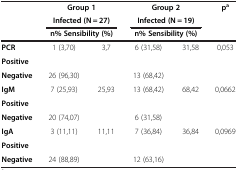
<table><thead><tr><td rowspan="2">[EMPTY_CELL]</td><td colspan="2"><b>Group 1</b></td><td colspan="2"><b>Group 2</b></td><td rowspan="2"><b>p<sup>a</sup></b></td></tr><tr><td colspan="2"><b>Infected (N = 27)</b></td><td colspan="2"><b>Infected (N = 19)</b></td></tr><tr><td>[EMPTY_CELL]</td><td colspan="2"><b>n% Sensibility (%)</b></td><td colspan="2"><b>n% Sensibility (%)</b></td><td>[EMPTY_CELL]</td></tr></thead><tbody><tr><td><b>PCR</b></td><td rowspan="2">1 (3,70)</td><td rowspan="2">3,7</td><td rowspan="2">6 (31,58)</td><td rowspan="2">31,58</td><td rowspan="2">0,053</td></tr><tr><td><b>Positive</b></td></tr><tr><td><b>Negative</b></td><td>26 (96,30)</td><td>[EMPTY_CELL]</td><td>13 (68,42)</td><td>[EMPTY_CELL]</td><td>[EMPTY_CELL]</td></tr><tr><td><b>IgM</b></td><td rowspan="2">7 (25,93)</td><td rowspan="2">25,93</td><td rowspan="2">13 (68,42)</td><td rowspan="2">68,42</td><td rowspan="2">0,0662</td></tr><tr><td><b>Positive</b></td></tr><tr><td><b>Negative</b></td><td>20 (74,07)</td><td>[EMPTY_CELL]</td><td>6 (31,58)</td><td>[EMPTY_CELL]</td><td>[EMPTY_CELL]</td></tr><tr><td><b>IgA</b></td><td rowspan="2">3 (11,11)</td><td rowspan="2">11,11</td><td rowspan="2">7 (36,84)</td><td rowspan="2">36,84</td><td rowspan="2">0,0969</td></tr><tr><td><b>Positive</b></td></tr><tr><td><b>Negative</b></td><td>24 (88,89)</td><td>[EMPTY_CELL]</td><td>12 (63,16)</td><td>[EMPTY_CELL]</td><td>[EMPTY_CELL]</td></tr></tbody></table>